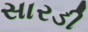
સારડી